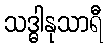
သဒ္ဓါနုသာရီ